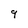
Character: 9